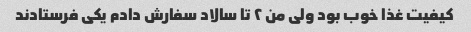
کیفیت غذا خوب بود ولی من ۲ تا سالاد سفارش دادم یکی فرستادند